Civil Veterinary Department Bihar & Orissa reports 1911-21 - 1911-1921
Year: 1911
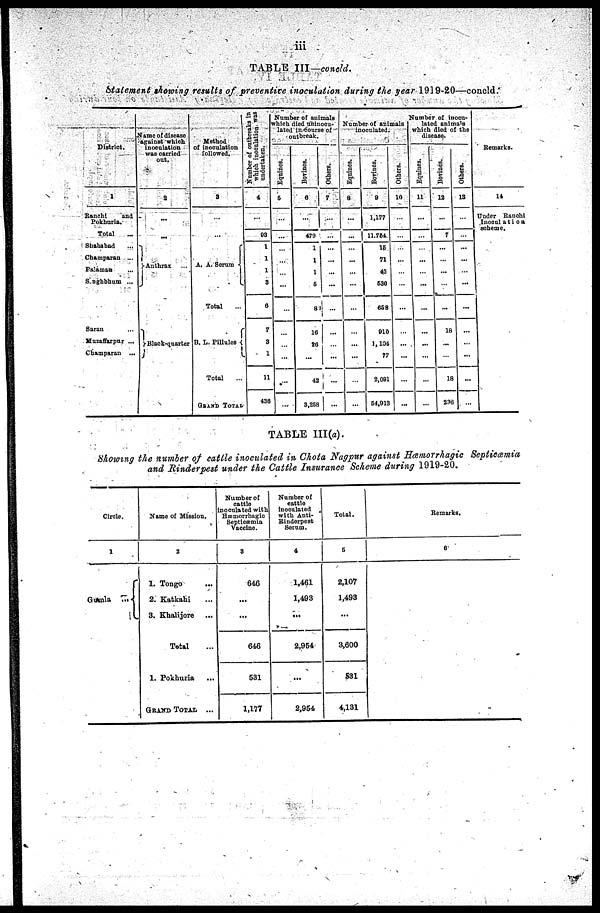
iii
TABLE III-concld.
Statement showing results of preventive inoculation during the year 1919-20—concld.
District.
1
Ranchl
and
Pokhuria.
Total ...
Shahabad ...
Champaran ...
Paramau ...
Singhbhum ...
Saran ...
Muzaffarpur ...
Champaran ...
Name of disease
against which
inoculation
was carried
out.
2
...
...
Anthrax ...
Black-quarter
Method
of inoculation
followed.
3
...
...
A. A. Serum
Total ...
B. L. Pillules
Total ...
GRAND TOTAL
Number of outbreaks in
which inoculatioa was
undertaken.
4
...
03
1
1
1
3
6
7
3
1
11
436
Number of animals
which died uninocu-
latcd in course of
outbreak.
Equlnes.
5
...
...
...
...
...
...
...
...
...
...
...
...
Bovines.
6
...
479
1
...
1
6
8
16
26
...
42
3,258
Others.
7
...
...
...
...
...
...
...
...
...
...
...
....
Number of animals
inoculated.
Equines.
8
...
...
...
...
...
...
...
...
...
...
...
...
Bovines.
9
1,177
11,754
16
71
42
630
658
910
1,104
77
2,091
51,913
Others.
10
...
...
...
...
...
...
...
...
...
...
...
...
Number of inocu-
lated animals
which died of the
disease
Equines.
11
...
...
...
...
...
...
...
...
...
...
...
...
Bovines .
12
...
7
...
...
...
...
...
18
...
...
18
236
Others.
13
...
...
...
...
...
...
...
...
...
...
...
...
Remarks.
14
Under Ranchl
Inoculation
TABLE 111(a).
Showing the number of cattle inoculated in Chota Nagpur against Hæmorrhagic Septicæmia
and Rinderpest under the Cattle Insurance Scheme during 1919-20.
Circle.
1
Gumla
...
Name of Mission.
2
1. Tongo ...
2. Katkahi ...
3. Khalijore ...
Total ...
1. Pokhuria ...
GRAND TOTAL
...
Number of
cattle
inoculated with
Hæmorrhagic
Septicæmia
Vaccine
3
646
...
...
646
531
1,177
Number of
cattle
inoculated
with Anti-
Rinderpest
Serum.
4
1,461
1,493
...
2,954
...
2,954
Total.
5
2,107
1,493
...
3,600
531
4,131
Remarks.
6